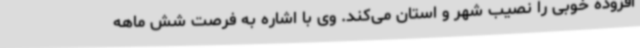
افزوده خوبی را نصیب شهر و استان می‌کند. وی با اشاره به فرصت شش ماهه